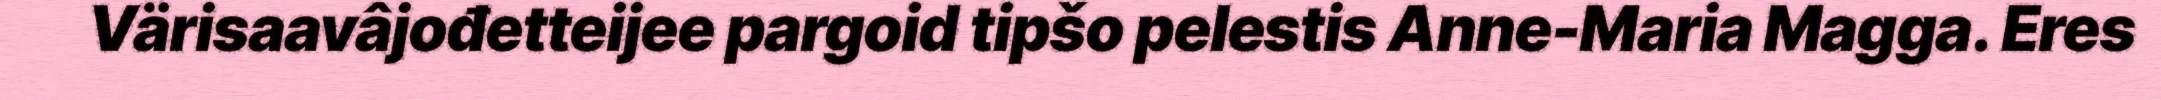
Värisaavâjođetteijee pargoid tipšo pelestis Anne-Maria Magga. Eres